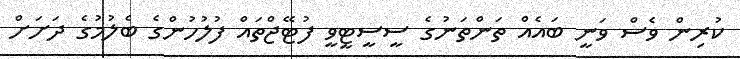
ކުރިން ވެސް ވަނީ ބައެއް ތަންތަނުގެ ސީސީޓީވީ ފުޓޭޖްތައް ފުލުހުންގެ ބެލުމުގެ ދަށަށް